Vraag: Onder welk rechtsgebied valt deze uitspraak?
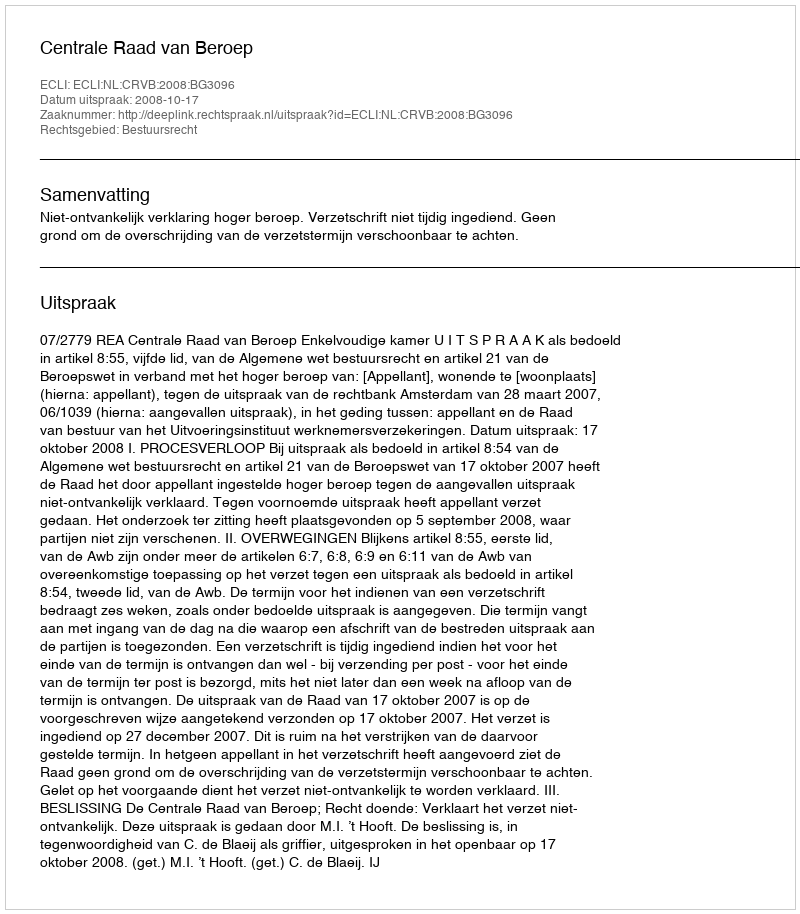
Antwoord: Bestuursrecht